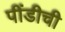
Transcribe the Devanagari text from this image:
पींडीची